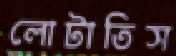
লোটাতিস